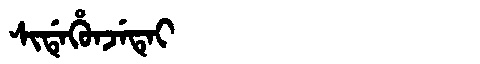
Manchu: ᠰᡳᡩᡝᡥᡠᠨᠵᡝᡨᡝᡳ
Romanization: SIDEHUNJETEI